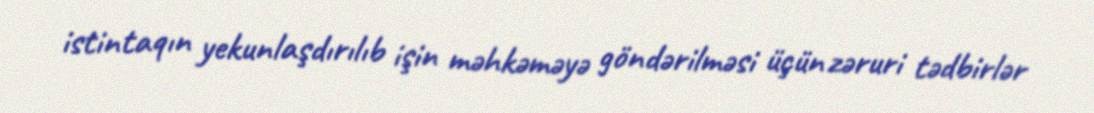
istintaqın yekunlaşdırılıb işin məhkəməyə göndərilməsi üçün zəruri tədbirlər